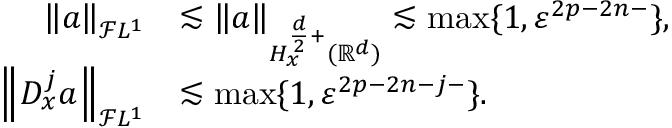
\begin{array} { r l } { \left\| a \right\| _ { \mathcal { F } L ^ { 1 } } } & { \lesssim \left\| a \right\| _ { H _ { x } ^ { \frac { d } { 2 } + } ( { \mathbb { R } } ^ { d } ) } \lesssim \operatorname* { m a x } \{ 1 , \varepsilon ^ { 2 p - 2 n - } \} , } \\ { \left\| D _ { x } ^ { j } a \right\| _ { \mathcal { F } L ^ { 1 } } } & { \lesssim \operatorname* { m a x } \{ 1 , \varepsilon ^ { 2 p - 2 n - j - } \} . } \end{array}